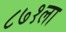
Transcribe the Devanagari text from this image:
८७१ला